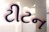
ટીટન